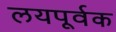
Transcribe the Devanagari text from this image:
लयपूर्वक